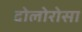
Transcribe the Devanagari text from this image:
दोलोरोसा